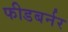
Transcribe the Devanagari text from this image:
फीडबर्नर